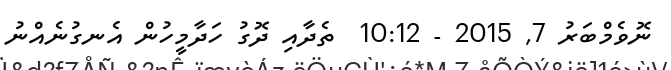
ނޮވެމްބަރު 7